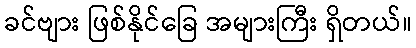
ခင်ဗျား ဖြစ်နိုင်ခြေ အများကြီး ရှိတယ်။